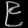
Digit: ၉